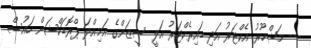
--- މަޝްހޫރު އެކްޓަރު އަދި ޑައިރެކްޓަރު އަލީ ސީޒަންގެ އަމިއްލަ ޕްރޮޑަކްޝަން ހައުސް